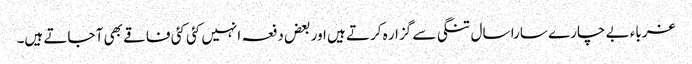
غرباء بے چارے سارا سال تنگی سے گزار ہ کرتے ہیں اور بعض دفعہ انہیں کئی کئی فاقے بھی آ جاتے ہیں۔